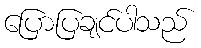
ပြောပြချင်ပါသည်